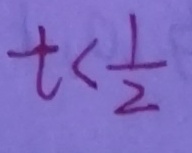
t < \frac { 1 } { 2 }